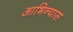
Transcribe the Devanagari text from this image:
आभिन्यास